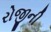
રોજીની